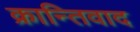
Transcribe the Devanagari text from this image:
क्रान्तिवाद